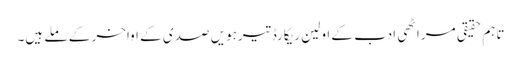
تاہم حقیقی مراٹھی ادب کے اولین ریکارڈ تیرہویں صدی کے اواخر کے ملے ہیں۔